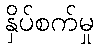
နှိပ်စက်မှု